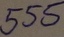
Text: 555